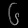
Digit: ၆